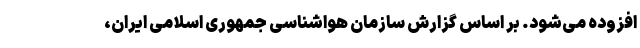
افزوده می‌شود. بر اساس گزارش سازمان هواشناسی جمهوری اسلامی ایران،